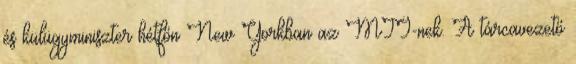
és külügyminiszter hétfőn New Yorkban az MTI-nek. A tárcavezető